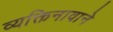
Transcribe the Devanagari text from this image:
व्यक्तिनावाने